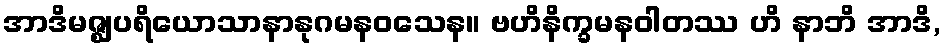
အာဒိမဇ္ဈပရိယောသာနာနုဂမနဝသေန။ ဗဟိနိက္ခမနဝါတဿ ဟိ နာဘိ အာဒိ,